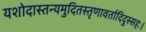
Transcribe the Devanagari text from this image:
यशोदास्तन्यमुदितस्तृणावर्तादिदुस्सहः।